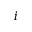
i